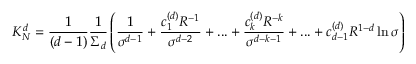
K _ { N } ^ { d } = { \frac { 1 } { ( d - 1 ) } } { \frac { 1 } { \Sigma _ { d } } } \left( { \frac { 1 } { \sigma ^ { d - 1 } } } + { \frac { c _ { 1 } ^ { ( d ) } R ^ { - 1 } } { \sigma ^ { d - 2 } } } + . . . + { \frac { c _ { k } ^ { ( d ) } R ^ { - k } } { \sigma ^ { d - k - 1 } } } + . . . + c _ { d - 1 } ^ { ( d ) } R ^ { 1 - d } \ln \sigma \right)